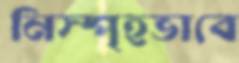
নিস্পৃহভাবে